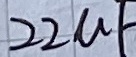
Text: 22µF